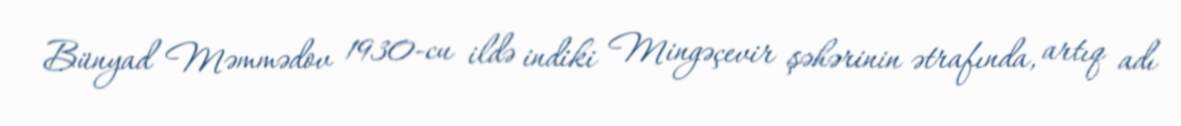
Bünyad Məmmədov 1930-cu ildə indiki Mingəçevir şəhərinin ətrafında, artıq adı